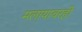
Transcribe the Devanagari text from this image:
मलायावरही